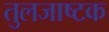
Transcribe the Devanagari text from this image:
तुलजाष्टक